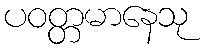
ပဝတ္တမာနေသု